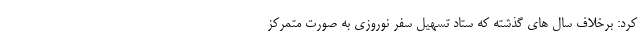
کرد: برخلاف سال های گذشته که ستاد تسهیل سفر نوروزی به صورت متمرکز